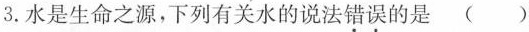
3.水是生命之源，下列有关水的说法错误的是( )